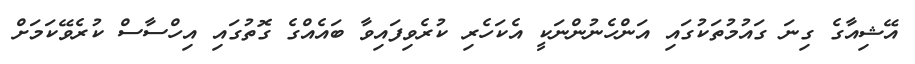
އޭޝިއާގެ ގިނަ ގައުމުތަކުގައި އަންހެނުންނަކީ އެކަހެރި ކުރެވިފައިވާ ބައެއްގެ ގޮތުގައި އިހްސާސް ކުރެވޭކަމަށް